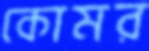
কোমর